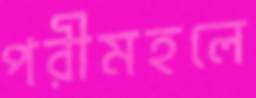
পরীমহলে